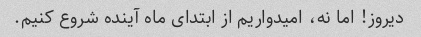
دیروز! اما نه، امیدواریم از ابتدای ماه آینده شروع کنیم.